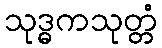
သုဒ္ဓကသုတ္တံ